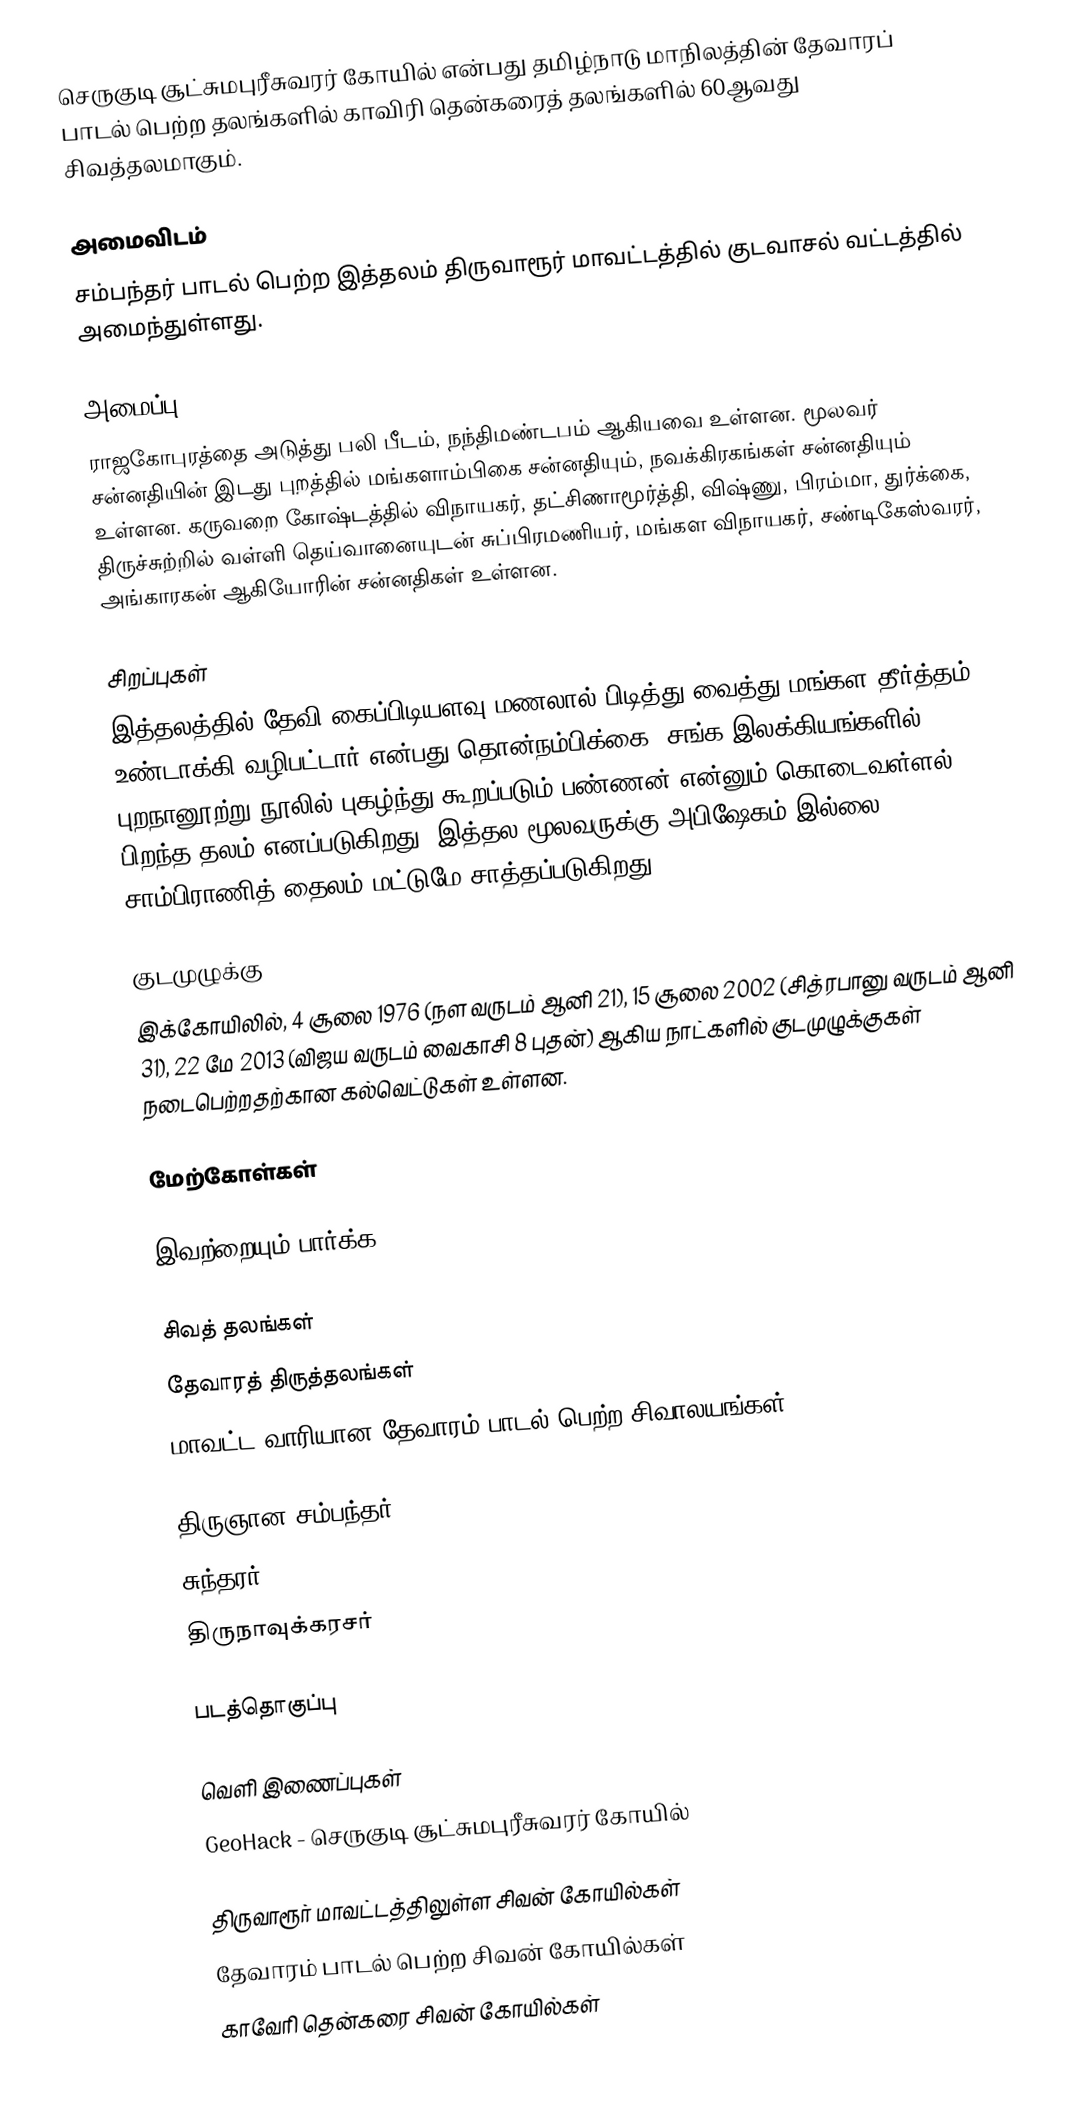
செருகுடி சூட்சுமபுரீசுவரர் கோயில் என்பது தமிழ்நாடு மாநிலத்தின் தேவாரப் பாடல் பெற்ற தலங்களில் காவிரி தென்கரைத் தலங்களில் 60ஆவது சிவத்தலமாகும்.

அமைவிடம்
சம்பந்தர் பாடல் பெற்ற இத்தலம்  திருவாரூர் மாவட்டத்தில்   குடவாசல் வட்டத்தில்  அமைந்துள்ளது.

அமைப்பு
ராஜகோபுரத்தை அடுத்து பலி பீடம், நந்திமண்டபம் ஆகியவை உள்ளன. மூலவர் சன்னதியின் இடது புறத்தில் மங்களாம்பிகை சன்னதியும், நவக்கிரகங்கள் சன்னதியும் உள்ளன. கருவறை கோஷ்டத்தில் விநாயகர், தட்சிணாமூர்த்தி, விஷ்ணு, பிரம்மா, துர்க்கை,  திருச்சுற்றில் வள்ளி தெய்வானையுடன் சுப்பிரமணியர், மங்கள விநாயகர், சண்டிகேஸ்வரர், அங்காரகன் ஆகியோரின் சன்னதிகள் உள்ளன.

சிறப்புகள்
இத்தலத்தில் தேவி கைப்பிடியளவு மணலால் பிடித்து வைத்து மங்கள தீர்த்தம் உண்டாக்கி வழிபட்டார் என்பது தொன்நம்பிக்கை. சங்க இலக்கியங்களில் புறநானூற்று நூலில் புகழ்ந்து கூறப்படும் பண்ணன் என்னும் கொடைவள்ளல் பிறந்த தலம் எனப்படுகிறது. இத்தல மூலவருக்கு அபிஷேகம் இல்லை. சாம்பிராணித் தைலம் மட்டுமே சாத்தப்படுகிறது.

குடமுழுக்கு
இக்கோயிலில், 4 சூலை 1976 (நள வருடம் ஆனி 21),  15 சூலை 2002 (சித்ரபானு வருடம் ஆனி 31), 22 மே 2013 (விஜய வருடம் வைகாசி 8 புதன்) ஆகிய நாட்களில் குடமுழுக்குகள் நடைபெற்றதற்கான கல்வெட்டுகள் உள்ளன.

மேற்கோள்கள்

இவற்றையும் பார்க்க

 சிவத் தலங்கள்
 தேவாரத் திருத்தலங்கள்
 மாவட்ட வாரியான தேவாரம் பாடல் பெற்ற சிவாலயங்கள்

 திருஞான சம்பந்தர்
 சுந்தரர்
 திருநாவுக்கரசர்

படத்தொகுப்பு

வெளி இணைப்புகள்
 GeoHack - செருகுடி சூட்சுமபுரீசுவரர் கோயில்

திருவாரூர் மாவட்டத்திலுள்ள சிவன் கோயில்கள்
தேவாரம் பாடல் பெற்ற சிவன் கோயில்கள்
காவேரி தென்கரை சிவன் கோயில்கள்